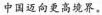
中国迈向更高境界。